Lunatic asylums in Bengal annual reports 1888-1898 - 1888-1898
Year: 1888
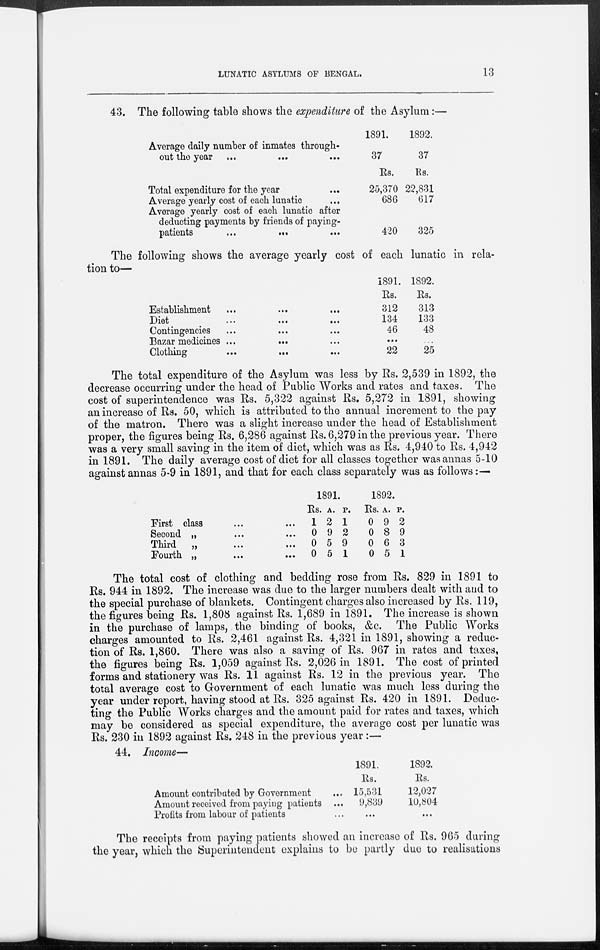
LUNATIC ASYLUMS OF BENGAL.
13
43. The following table shows the expenditure of the Asylum:—
Average daily number of inmates through-
out the year ... ... ...
Total expenditure for the year ...
Average yearly cost of each lunatic ...
Average yearly cost of each lunatic after
deducting payments by friends of paying-
patients
...
...
...
1891.
37
Rs.
25,370
686
420
1892.
37
Rs.
22,831
617
325
The following shows the average yearly cost of each lunatic in rela-
tion to—
Establishment ... ... ...
Diet
...
...
...
...
Contingencies ... ... ... ...
Bazar medicines ...
... ... ...
Clothing ... ... ... ...
1891.
Rs.
312
134
46
...
22
1892.
Rs.
313
133
48
...
25
The total expenditure of the Asylum was less by Rs. 2,539 in 1892, the
decrease occurring under the head of Public Works and rates and taxes. The
cost of superintendence was Rs. 5,322 against Rs. 5,272 in 1891, showing
an increase of Rs. 50, which is attributed to the annual increment to the pay
of the matron. There was a slight increase under the head of Establishment
proper, the figures being Rs. 6,286 against Rs. 6,279 in the previous year. There
was a very small saving in the item of diet, which was as Rs. 4,940 to Rs. 4,942
in 1891. The daily average cost of diet for all classes together was annas 5-10
against annas 5-9 in 1891, and that for each class separately was as follows:—
First class ... ...
Second „ ... ...
Third
„ ... ...
Fourth „ ... ...
1891.
Rs.
1
0
0
0
A.
2
9
5
5
P.
1
2
9
1
1892.
Rs.
0
0
0
0
A.
9
8
6
5
P.
2
9
3
1
The total cost of clothing and bedding rose from Rs. 829 in 1891 to
Rs. 944 in 1892. The increase was due to the larger numbers dealt with and to
the special purchase of blankets. Contingent charges also increased by Rs. 119,
the figures being Rs. 1,808 against Rs. 1,689 in 1891. The increase is shown
in the purchase of lamps, the binding of books, &c. The Public Works
charges amounted to Rs. 2,461 against Rs. 4,321 in 1891, showing a reduc-
tion of Rs. 1,860. There was also a saving of Rs. 967 in rates and taxes,
the figures being Rs. 1,059 against Rs. 2,026 in 1891. The cost of printed
forms and stationery was Rs. 11 against Rs. 12 in the previous year. The
total average cost to Government of each lunatic was much less during the
year under report, having stood at Rs. 325 against Rs. 420 in 1891. Deduc-
ting the Public Works charges and the amount paid for rates and taxes, which
may be considered as special expenditure, the average cost per lunatic was
Rs. 230 in 1892 against Rs. 248 in the previous year:—
44. Income—
Amount contributed by Government ...
Amount received from paying patients ...
Profits from labour of patients ...
1891.
Rs.
15,531
9,839
...
1892.
Rs.
12,027
10,804
...
The receipts from paying patients showed an increase of Rs. 965 during
the year, which the Superintendent explains to be partly due to realisations